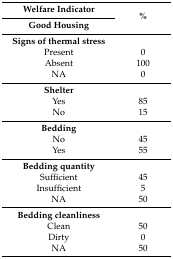
| Welfare Indicator | <ROWSPAN=2> % |
 | Good Housing |
 | --- | --- |
 | Signs of thermal stress |  |
 | Present | 0 |
 | Absent | 100 |
 | NA | 0 |
 | Shelter |  |
 | Yes | 85 |
 | No | 15 |
 | Bedding |  |
 | No | 45 |
 | Yes | 55 |
 | Bedding quantity |  |
 | Sufficient | 45 |
 | Insufficient | 5 |
 | NA | 50 |
 | Bedding cleanliness |  |
 | Clean | 50 |
 | Dirty | 0 |
 | NA | 50 |